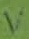
Text: V